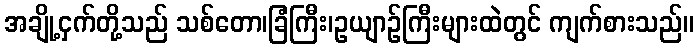
အချို့ငှက်တို့သည် သစ်တော၊ခြံကြီး၊ဥယျာဉ်ကြီးများထဲတွင် ကျက်စားသည်။